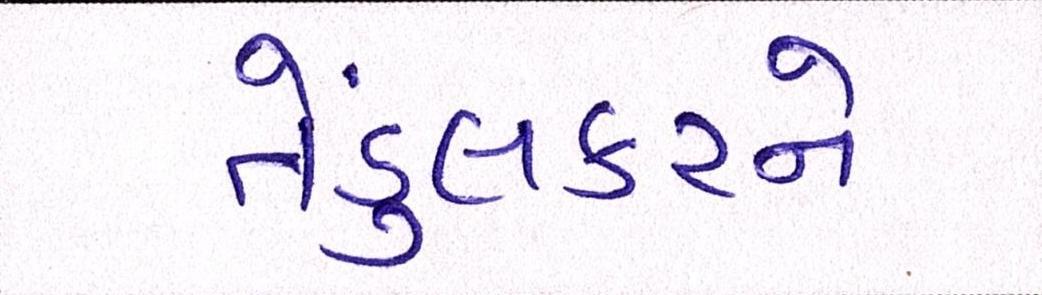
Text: તેંડુલકરને